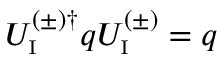
U _ { \mathrm { \scriptscriptstyle I } } ^ { ( \pm ) \dagger } q U _ { \mathrm { \scriptscriptstyle I } } ^ { ( \pm ) } = q